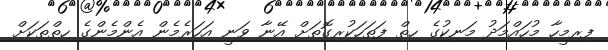
ފިރިމީހާ މުހައްމަދު މަނިކުގެ ހިތް ފަތަހަކުރިގޮތަށް އޭނާ ވަނީ އަހަރެމެން އެންމެންގެ ހިތްތަކަށް